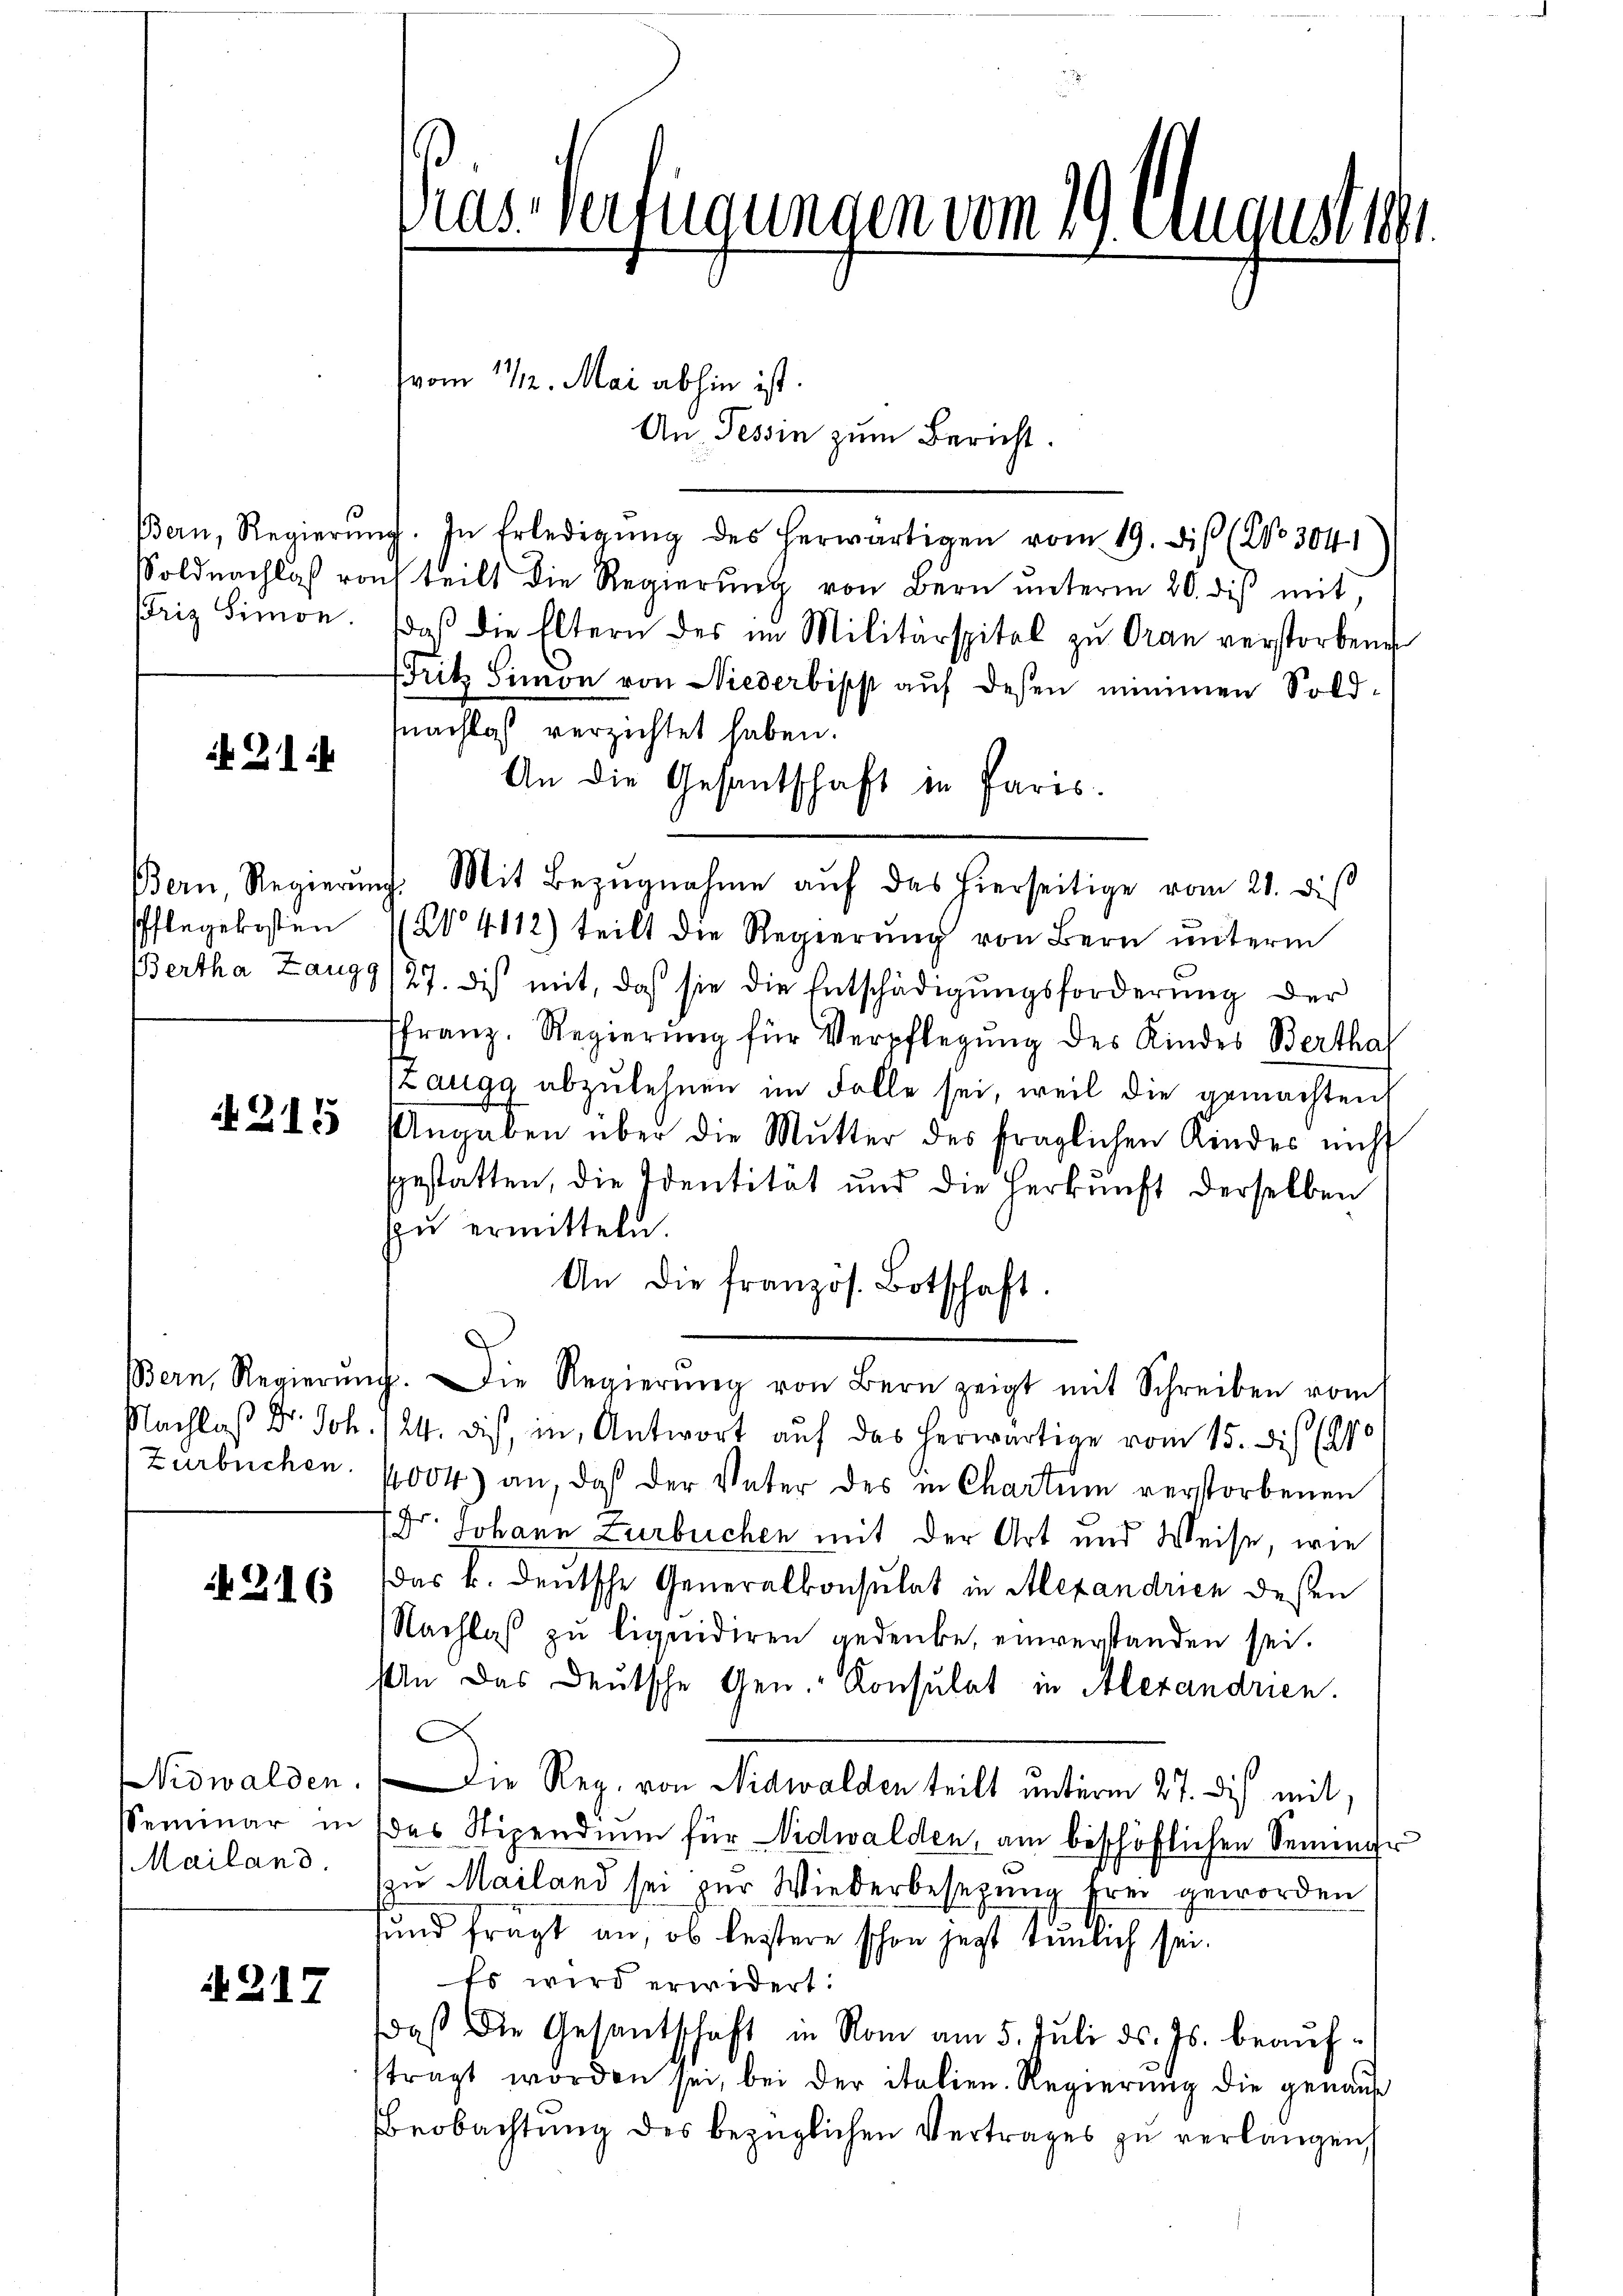
Bern, Regierin
Soldnachlaß vor
Friz Simon.

21

Bern Regieru
Pflegekosten
Bertha Zaugg

215

Bern, Regierung
Nachlaß Dr. Joh.
Zurbuchen.

216

Nidwalden.
Seminar in
Mailand.

217

Vias Verfügungen vom 19. August

An Tessin zum Bericht.

vom 11/2. Mai abhin ist.

i. In Erledigŭng des herwärtigen vom 19. dis (No 304
ch teilt die Regierung von Bern unterm 20. dis mit,
daβ die Eltern des im Militärspital zu Oran verstorbene
Fritz Simon von Niederbiss auf desen nimmen Soldmnachlaß verzichtet haben.
An die Gesantschaft in Paris.
). Mit Bezugnahme auf das hierseitige vom 21. diß
124112) teilt die Regierŭng von Bern unterm
127. Dich mit, daß sie die Entschädigŭngsforderŭng der
ffranz. Regierŭng für Verpflegŭng des Kindes Bertha
Zaugg abzulehnen im Falle sei, weil die gemachten
Angaben über die Mutter des fraglichen Kindes nicht
gestatten, die Identität und die Herkunft derselben
zu ermitteln.
An die französ. Botschaft.
J. Die Regierŭng von Bern zeigt mit Schreiben vom
24. dis, in Antwort auf das herwärtige vom 15. Dis (140
004) an, daß der Vater des in Chartem verstorbenen
Dr. Johann Zurbuchen mit der Art und Weise, wie
Das k. deutsche Generalkonsulat in Alexandrien deßen
Nachlaß zu liquidiren gedenke, einverstanden sei.
An das Deutsche Gen. Konsulat in Alexandrien.
C
Die Reg. von Nidwalden teilt unterm 27. Dis mit,
das Stipendium für Nidwalden, am beschöflichen Seminir
zu Mailand sei zur Wiederbesezung frei geworden
und frägt an, ob leistere schon jetzt seinrich sei.
Es wird erwidert:
daβ die Gesantschaft in Rom am 5. Juli d. Js. beauftragt worden sei, bei der italien. Regierung die genaue
Beobachtung des bezüglichen Vertrages zu verlangen,